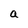
Character: a